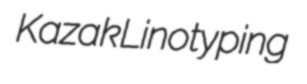
Kazak Linotyping